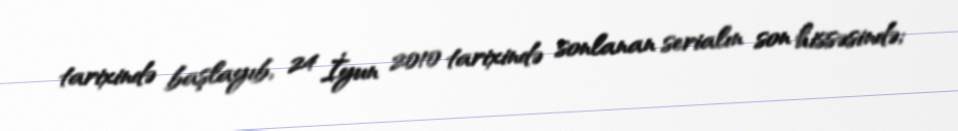
tarixində başlayıb, 24 İyun 2010 tarixində sonlanan serialın son hissəsində;